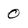
Character: 0